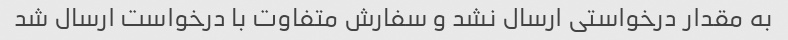
به مقدار درخواستی ارسال نشد و سفارش متفاوت با درخواست ارسال شد